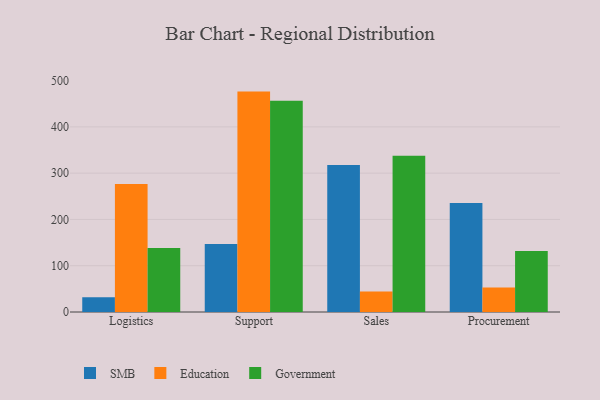
{"axis": {"x": "Department", "y": "Tickets Resolved"}, "legend": ["Education", "Government", "SMB"], "data": [{"x": "Logistics", "y": 31.9, "type": "SMB"}, {"x": "Logistics", "y": 276.3, "type": "Education"}, {"x": "Logistics", "y": 138.1, "type": "Government"}, {"x": "Support", "y": 146.7, "type": "SMB"}, {"x": "Support", "y": 476.2, "type": "Education"}, {"x": "Support", "y": 456.6, "type": "Government"}, {"x": "Sales", "y": 317.4, "type": "SMB"}, {"x": "Sales", "y": 44.5, "type": "Education"}, {"x": "Sales", "y": 337.6, "type": "Government"}, {"x": "Procurement", "y": 235.5, "type": "SMB"}, {"x": "Procurement", "y": 53.1, "type": "Education"}, {"x": "Procurement", "y": 131.7, "type": "Government"}]}